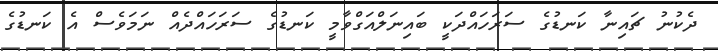
ދެކުނު ޗައިނާ ކަނޑުގެ ސަރަހައްދަކީ ބައިނަލްއަގްވާމީ ކަނޑުގެ ސަރަހައްދެއް ނަމަވެސް އެ ކަނޑުގެ